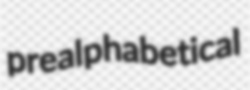
prealphabetical